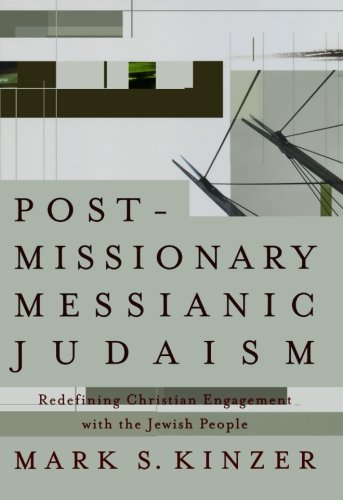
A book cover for Postmissionary Messianic Judaism: Redefining Christian Engagement with the Jewish People; Mark S. Kinzer; Christian Books & Bibles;